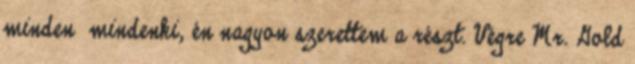
minden mindenki, én nagyon szerettem a részt. Végre Mr. Gold